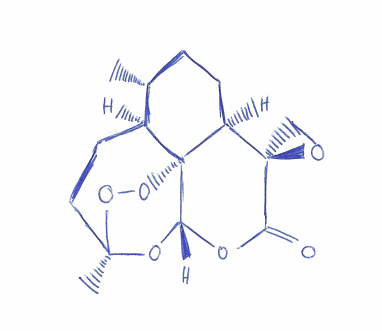
Simplified molecular-input line-entry system (SMILES) notation of the given molecule:
C[C@@H]1CC[C@H]2[C@]3(CO3)C(=O)O[C@H]4[C@@]25[C@H]1CC[C@](O4)(OO5)C